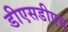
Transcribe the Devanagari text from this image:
डीएसडीएम